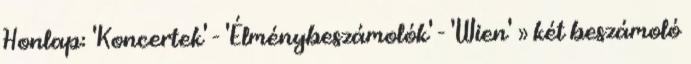
Honlap: 'Koncertek' - 'Élménybeszámolók' - 'Wien' » két beszámoló